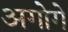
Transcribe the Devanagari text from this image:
अगोगे